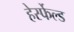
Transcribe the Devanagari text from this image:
हेर्स्फेल्ड